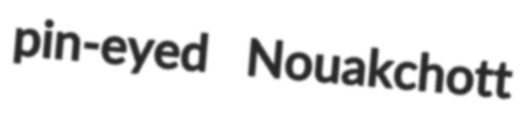
pin-eyed Nouakchott